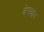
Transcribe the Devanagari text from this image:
बेगवान